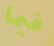
فيما